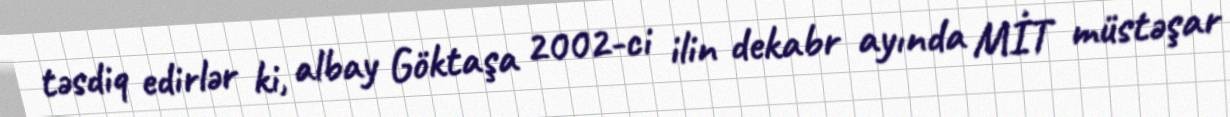
təsdiq edirlər ki, albay Göktaşa 2002-ci ilin dekabr ayında MİT müstəşar